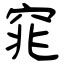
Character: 窕